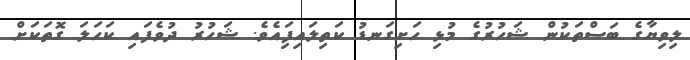
ލިވިޔާގެ ބަސްތަކުން ޝަހުރުގެ މުޅި ހަށިގަނޑު ކަތިލައިފަިއެވެ. ޝަހުރު ދުވެފައި ކަހަލަ ގޮތަކަށް